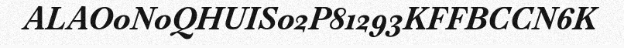
ALAO0N0QHUIS02P81293KFFBCCN6K